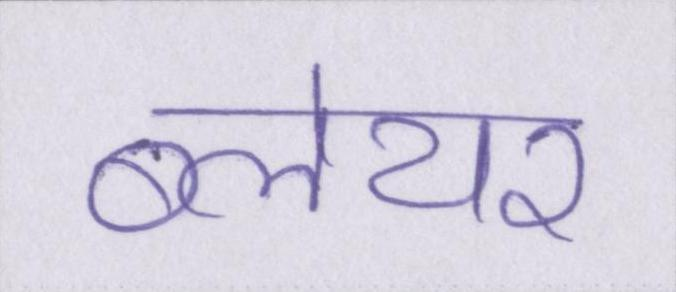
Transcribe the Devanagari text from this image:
ब्लेयर